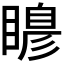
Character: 𭿙